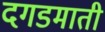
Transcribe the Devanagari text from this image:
दगडमाती